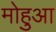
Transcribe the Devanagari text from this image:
मोहुआ